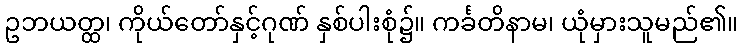
ဥဘယတ္ထ၊ ကိုယ်တော်နှင့်ဂုဏ် နှစ်ပါးစုံ၌။ ကင်္ခတိနာမ၊ ယုံမှားသူမည်၏။